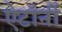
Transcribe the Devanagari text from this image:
ऐटॉर्नी